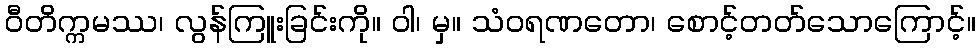
ဝီတိက္ကမဿ၊ လွန်ကြူးခြင်းကို။ ဝါ၊ မှ။ သံဝရဏတော၊ စောင့်တတ်သောကြောင့်။